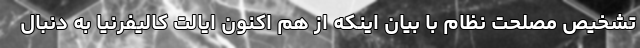
تشخیص مصلحت نظام با بیان اینکه از هم اکنون ایالت کالیفرنیا به دنبال